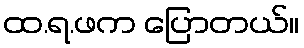
ထ.ရ.ဖက ပြောတယ်။